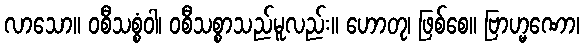
လာသော။ ဝစီသစ္စံဝါ၊ ဝစီသစ္စာသည်မူလည်း။ ဟောတု၊ ဖြစ်စေ။ ဗြာဟ္မဏော၊